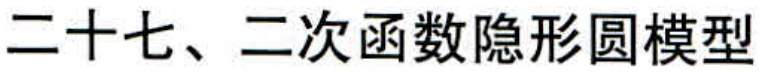
二十七、二次函数隐形圆模型